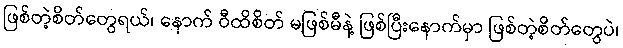
ဖြစ်တဲ့စိတ်တွေရယ်၊ နောက် ဝီထိစိတ် မဖြစ်မီနဲ့ ဖြစ်ပြီးနောက်မှာ ဖြစ်တဲ့စိတ်တွေပဲ၊